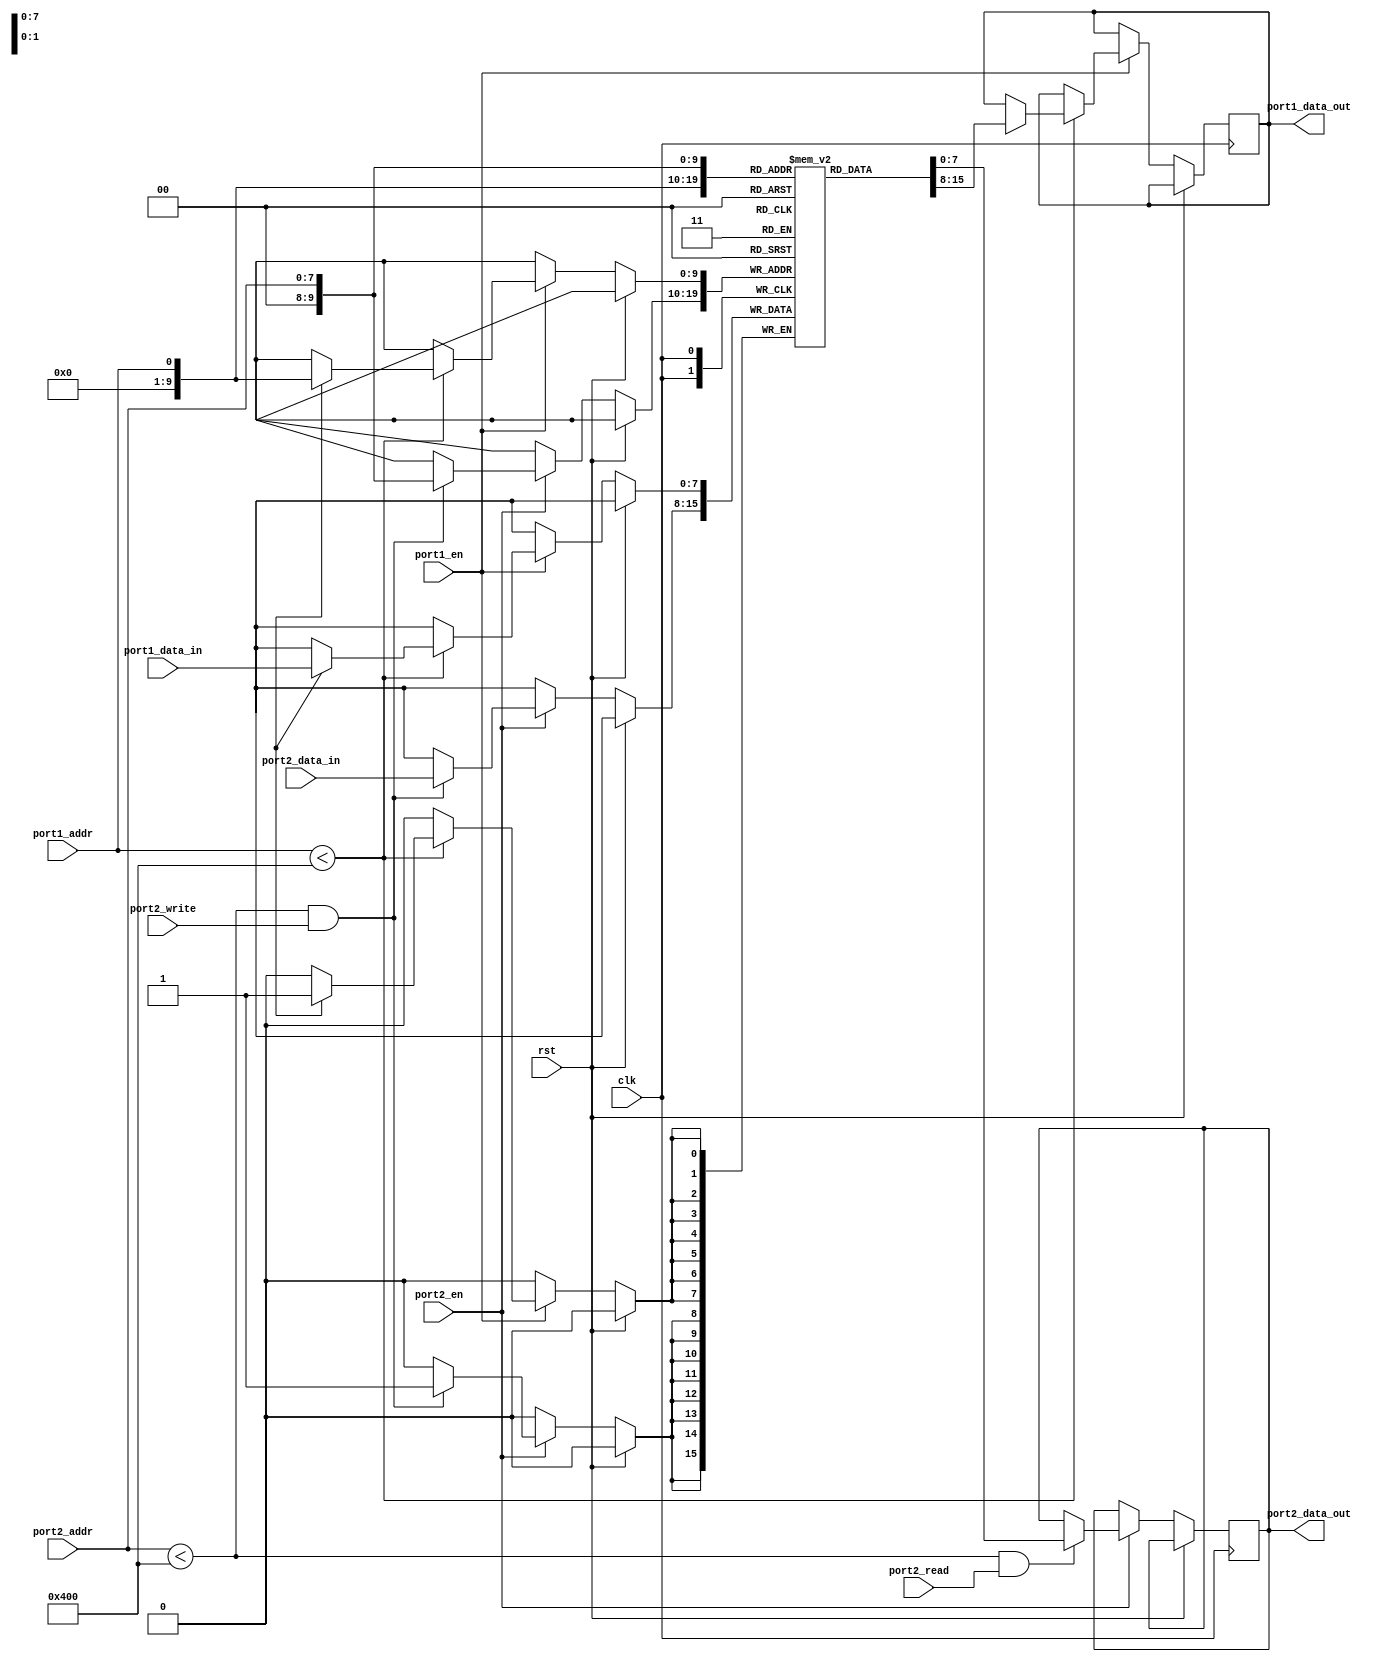
module dual_port_ram (
    input wire clk,
    input wire rst,
    
    // Port 1 (Burst read/write port)
    input wire port1_en,
    input wire port1_addr,
    input wire [7:0] port1_data_in,
    output reg [7:0] port1_data_out,
    
    // Port 2 (Independent read/write port)
    input wire port2_en,
    input wire port2_read,
    input wire port2_write,
    input wire [7:0] port2_addr,
    input wire [7:0] port2_data_in,
    output reg [7:0] port2_data_out
);

parameter MEM_SIZE = 1024; // Predefined memory size for storage

reg [7:0] memory [0:MEM_SIZE-1];

always @(posedge clk) begin
    if (rst) begin
        // Reset logic here
    end else begin
        // Port 1 logic
        if (port1_en) begin
            if (port1_addr < MEM_SIZE) begin
                if (port1_write) begin
                    memory[port1_addr] <= port1_data_in;
                end
                if (port1_read) begin
                    port1_data_out <= memory[port1_addr];
                end
            end
        end
        
        // Port 2 logic
        if (port2_en) begin
            if (port2_addr < MEM_SIZE && port2_read) begin
                port2_data_out <= memory[port2_addr];
            end
            if (port2_addr < MEM_SIZE && port2_write) begin
                memory[port2_addr] <= port2_data_in;
            end
        end
    end
end

endmodule